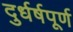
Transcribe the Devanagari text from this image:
दुर्धर्षपूर्ण